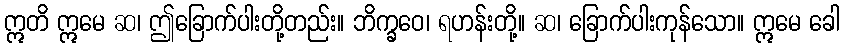
ဣတိ ဣမေ ဆ၊ ဤခြောက်ပါးတို့တည်း။ ဘိက္ခဝေ၊ ရဟန်းတို့။ ဆ၊ ခြောက်ပါးကုန်သော။ ဣမေ ခေါ